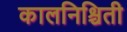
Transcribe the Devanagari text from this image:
कालनिश्चिती